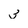
Character: 3